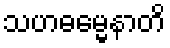
သဟဓမ္မေနာတိ